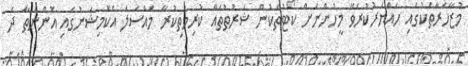
މުޒާހަރާތަކުގައި ހައްޔަރުކުރެވޭ މީހުންނަށް ކޯޓުތަކުން ޝަރުތުތައް ކުރިމަތިކުރާ މައްސަލަ އެކޮމިޝަނުގައި އޮންނަތާ ދެ